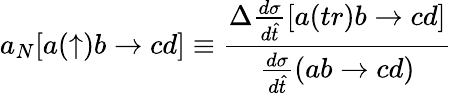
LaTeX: a_{N}[a(\uparrow)b\to cd]\equiv{\frac{\Delta{\frac{d\sigma}{d\hat{t}}}[a(tr)b\to cd]}{{\frac{d\sigma}{d\hat{t}}}(ab\to cd)}}